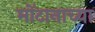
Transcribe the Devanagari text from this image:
मोंटानाच्या